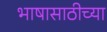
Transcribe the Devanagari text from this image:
भाषासाठीच्या